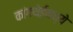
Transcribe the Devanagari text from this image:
कांगथेईमध्ये